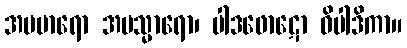
အပမာရော အပသ္မာရော၊ ပါဒဖောဋော ဝိပါဒိကာ။